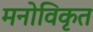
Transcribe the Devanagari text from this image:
मनोविकृत